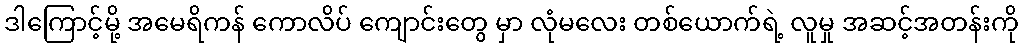
ဒါကြောင့်မို့ အမေရိကန် ကောလိပ် ကျောင်းတွေ မှာ လုံမလေး တစ်ယောက်ရဲ့ လူမှု အဆင့်အတန်းကို